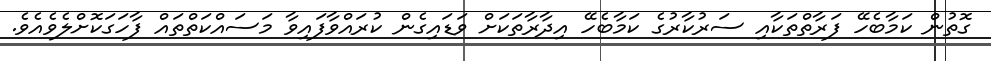
ގޮތުން ކަމާބެހޭ ފަރާތްތަކާއި ސަރުކާރުގެ ކަމާބެހޭ އިދާރާތަކަށް ވަޑައިގެން ކުރައްވާފައިވާ މަސައްކަތްތައް ފާހަގަކޮށްލެވެއެވެ.